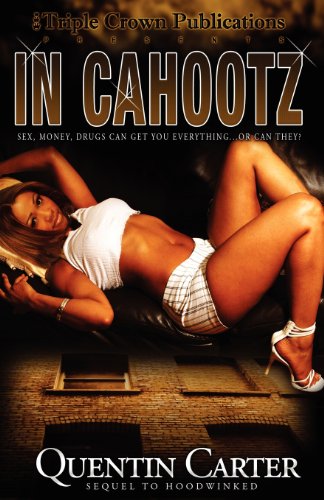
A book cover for In Cahootz (Triple Crown Publications Presents); Quentin Carter; Literature & Fiction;